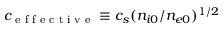
c _ { \textrm { e f f e c t i v e } } \equiv c _ { s } ( n _ { i 0 } / n _ { e 0 } ) ^ { 1 / 2 }